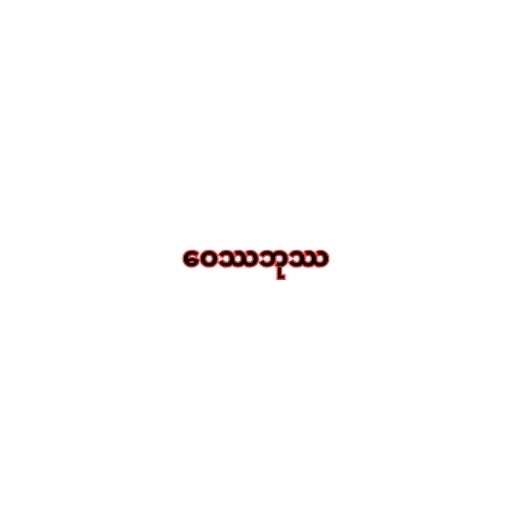
ဝေဿဘုဿ